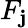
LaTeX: F_{\mathbf{j}}